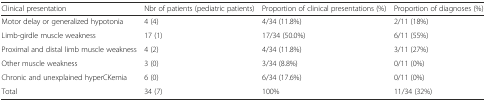
| Clinical presentation | Nbr of patients (pediatric patients) | Proportion of clinical presentations (%) | Proportion of diagnoses (%) |
 | --- | --- | --- | --- |
 | Motor delay or generalized hypotonia | 4 (4) | 4/34 (11.8%) | 2/11 (18%) |
 | Limb-girdle muscle weakness | 17 (1) | 17/34 (50.0%) | 6/11 (55%) |
 | Proximal and distal limb muscle weakness | 4 (2) | 4/34 (11.8%) | 3/11 (27%) |
 | Other muscle weakness | 3 (0) | 3/34 (8.8%) | 0/11 (0%) |
 | Chronic and unexplained hyperCKemia | 6 (0) | 6/34 (17.6%) | 0/11 (0%) |
 | Total | 34 (7) | 100% | 11/34 (32%) |